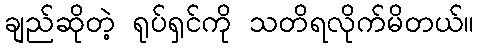
ချည်ဆိုတဲ့ ရုပ်ရှင်ကို သတိရလိုက်မိတယ်။